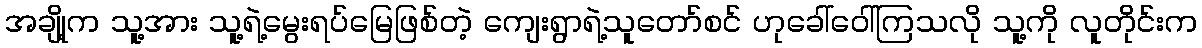
အချို့က သူ့အား သူ့ရဲ့မွေးရပ်မြေဖြစ်တဲ့ ကျေးရွာရဲ့သူတော်စင် ဟုခေါ်ဝေါ်ကြသလို သူ့ကို လူတိုင်းက